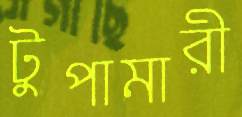
টুপামারী